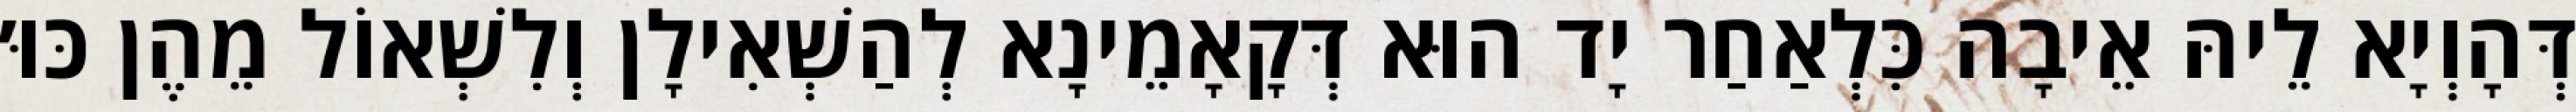
דְּהָוְיָא לֵיהּ אֵיבָה כִּלְאַחַר יָד הוּא דְּקָאָמֵינָא לְהַשְׁאִילָן וְלִשְׁאוֹל מֵהֶן כּוּ׳